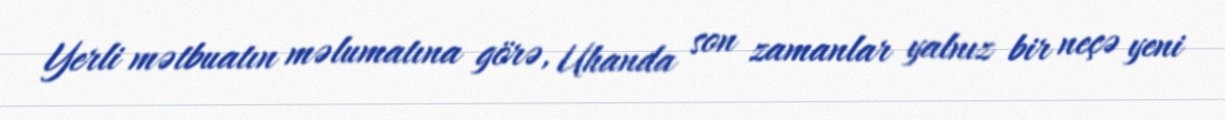
Yerli mətbuatın məlumatına görə, Uhanda son zamanlar yalnız bir neçə yeni